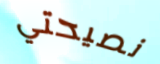
نصيحتي